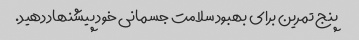
پنج تمرین برای بهبود سلامت جسمانی خود پیشنهاد دهید.